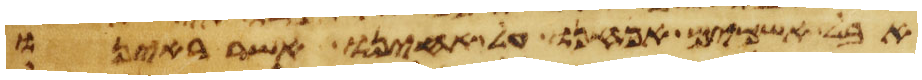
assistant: אבל אשמים אנחנו על אחינו אשר ראינו